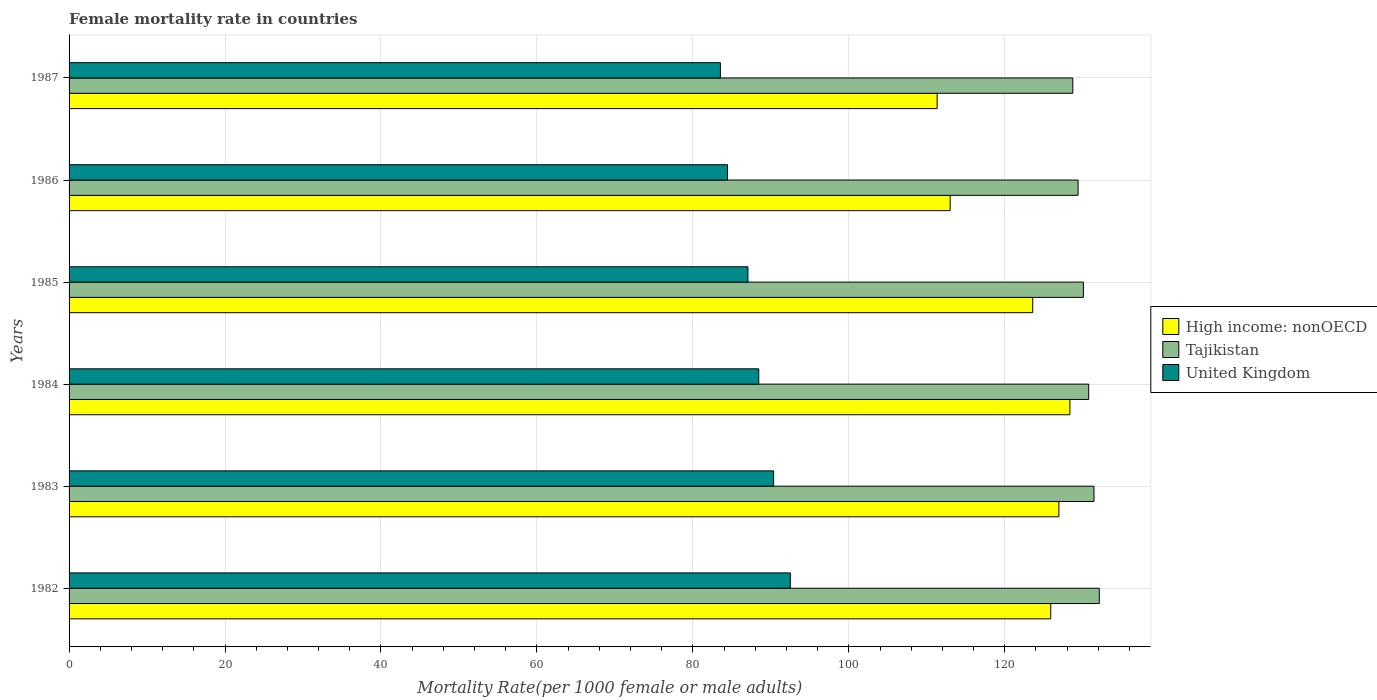
| Years | High income: nonOECD | Tajikistan | United Kingdom |
 | --- | --- | --- | --- |
 | 1982 | 126 | 132 | 92.5 |
 | 1983 | 127 | 131 | 90.4 |
 | 1984 | 128 | 131 | 88.5 |
 | 1985 | 124 | 130 | 87.1 |
 | 1986 | 113 | 129 | 84.4 |
 | 1987 | 111 | 129 | 83.5 |